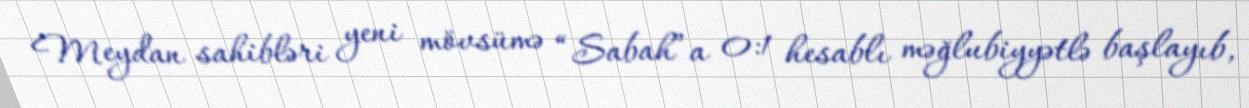
Meydan sahibləri yeni mövsümə “Sabah”a 0:1 hesablı məğlubiyyətlə başlayıb,